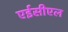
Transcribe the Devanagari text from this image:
एईसीएल